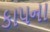
કાપના